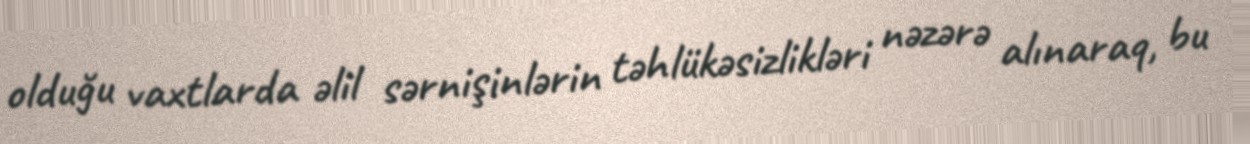
olduğu vaxtlarda əlil sərnişinlərin təhlükəsizlikləri nəzərə alınaraq, bu